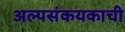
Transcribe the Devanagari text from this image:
अल्पसंकयकाची